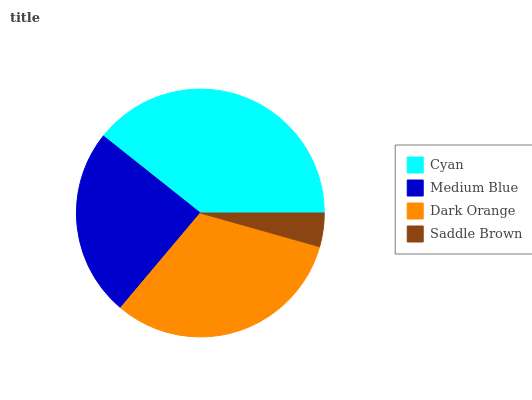
| Cyan | Medium Blue | Dark Orange | Saddle Brown |
 | --- | --- | --- | --- |
 | 39.3% | 24.5% | 31.8% | 4.38% |